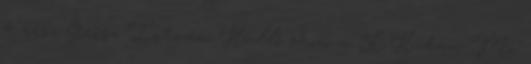
4. rész Geisz István Hüllő show a K.H.-ban Mi